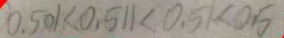
0 . 5 0 1 < 0 . 5 1 1 < 0 . 5 1 < 0 . 5